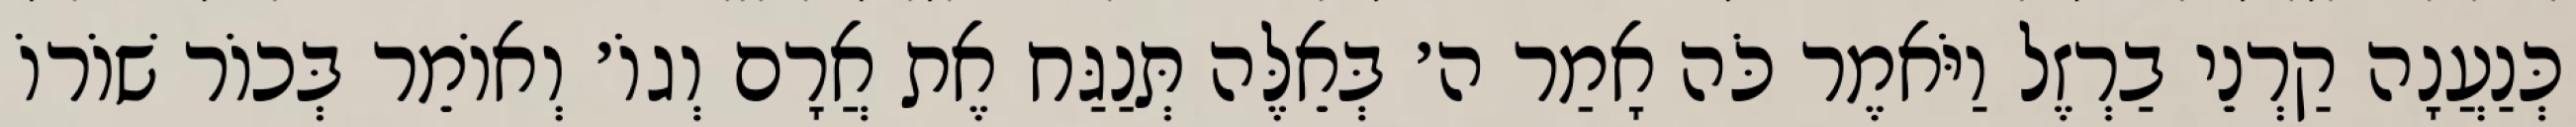
כְּנַעֲנָה קַרְנֵי בַרְזֶל וַיֹּאמֶר כֹּה אָמַר ה׳ בְּאֵלֶּה תְּנַגַּח אֶת אֲרָם וְגוֹ׳ וְאוֹמֵר בְּכוֹר שׁוֹרוֹ